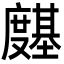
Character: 𭐊